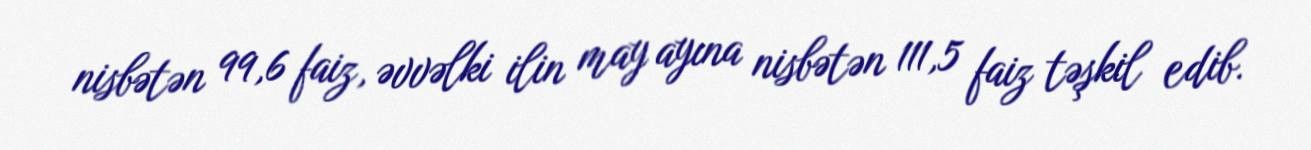
nisbətən 99,6 faiz, əvvəlki ilin may ayına nisbətən 111,5 faiz təşkil edib.